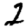
Digit: 2